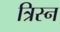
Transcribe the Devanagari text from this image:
त्रिस्न